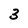
Character: 3